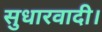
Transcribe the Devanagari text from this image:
सुधारवादी।